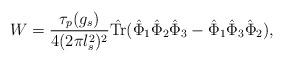
LaTeX: \begin{align*}W = \frac{\tau_p(g_s)}{4(2\pi l_s^2)^2} \hat {\rm Tr} (\hat\Phi_1 \hat \Phi_2 \hat \Phi_3 - \hat \Phi_1 \hat \Phi_3 \hat\Phi_2),\end{align*}